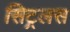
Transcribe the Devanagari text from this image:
सिट्रलस